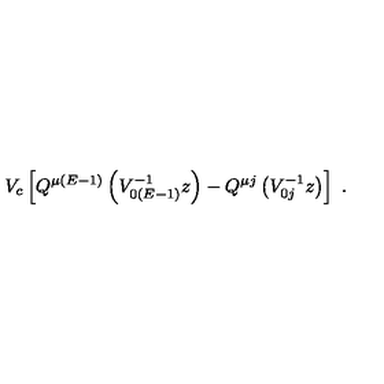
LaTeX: V _ { c } \left[ Q ^ { \mu ( E - 1 ) } \left( V _ { 0 ( E - 1 ) } ^ { - 1 } z \right) - Q ^ { \mu j } \left( V _ { 0 j } ^ { - 1 } z \right) \right] \ .